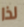
لذا